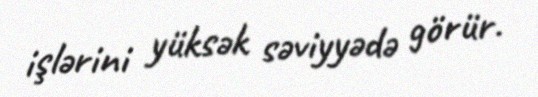
işlərini yüksək səviyyədə görür.